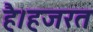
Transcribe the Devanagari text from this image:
है।हजरत